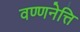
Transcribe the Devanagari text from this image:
वण्णनेत्ति